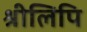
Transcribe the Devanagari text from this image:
श्रीलिपि